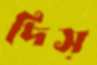
দিস্